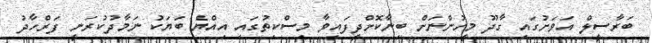
ބަރާސީލް އަވަށުގައި ގާދޫ މީހުންނަށް ބިނާކޮށްދީފައިވާ މިސްކިތުގައި އިއްޔެ ބަޔަކު ނަމާދުކުރަނީ ފަރްހާދު